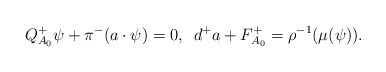
\begin{align*}Q^+_{A_0}\psi + \pi^-(a\cdot \psi) = 0,\,\,\, d^{+}a + F^+_{A_0} = \rho^{-1}(\mu(\psi)).\end{align*}